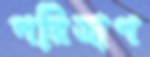
পরিত্রাণ